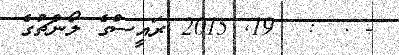
- .  :  19